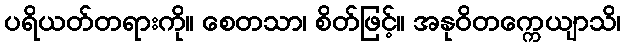
ပရိယတ်တရားကို။ စေတသာ၊ စိတ်ဖြင့်။ အနုဝိတက္ကေယျာသိ၊